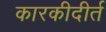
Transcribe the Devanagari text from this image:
कारकीदीर्त